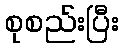
စုစည်းပြီး